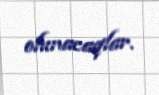
olunacaqlar.